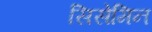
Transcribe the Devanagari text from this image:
सिसेमिन